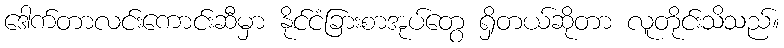
ဒေါက်တာလင်းကောင်းဆီမှာ နိုင်ငံခြားစာအုပ်တွေ ရှိတယ်ဆိုတာ လူတိုင်းသိသည်။